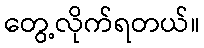
တွေ့လိုက်ရတယ်။